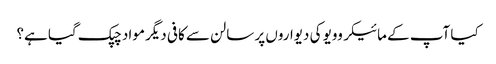
کیا آپ کے مائیکروویو کی دیواروں پر سالن سے کافی دیگر مواد چپک گیا ہے؟